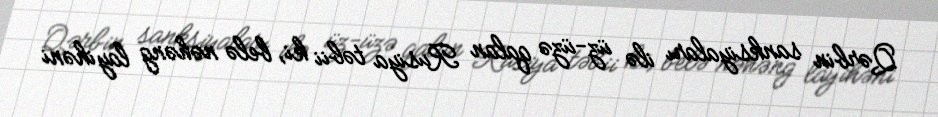
Qərbin sanksiyaları ilə üz-üzə qalan Rusiya təbii ki, belə nəhəng layihəni